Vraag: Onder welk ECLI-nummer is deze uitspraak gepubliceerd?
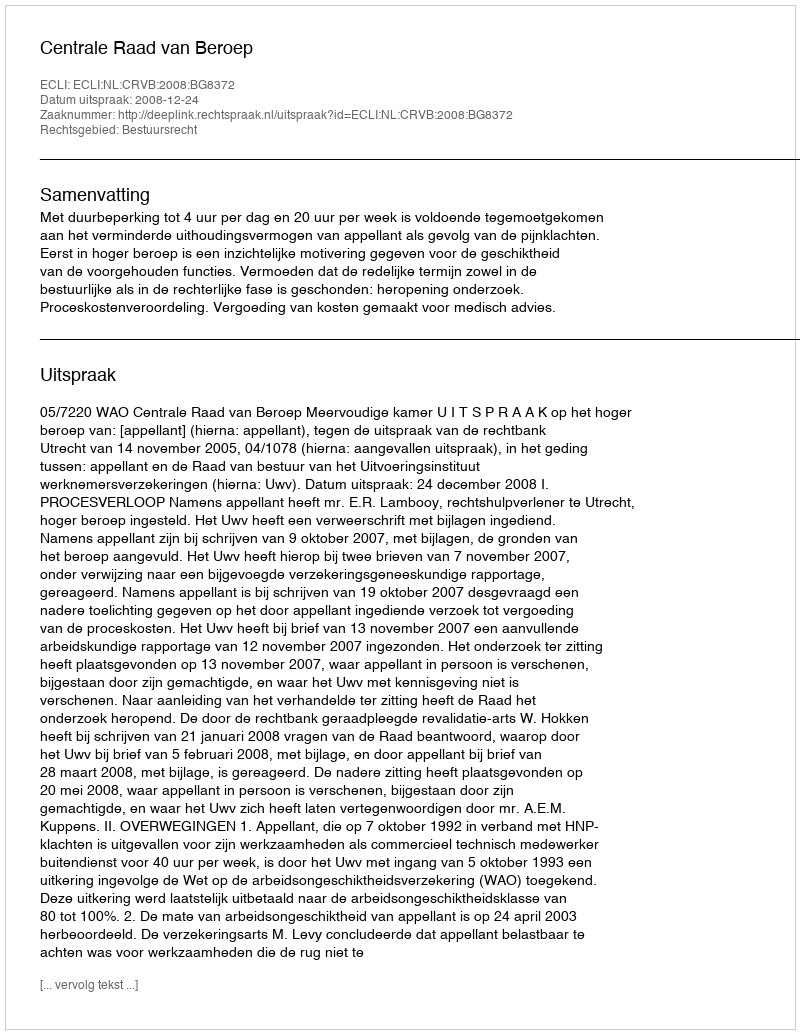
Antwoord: ECLI:NL:CRVB:2008:BG8372